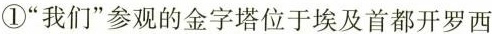
①”我们”参观的金字塔位于埃及首都开罗西